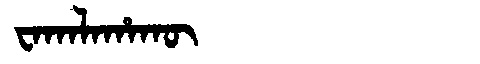
Manchu: ᠸᠠᡴᠠᠯᠠᡥᠠᡴᡡ
Romanization: WAKALAHAKŪ